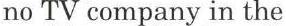
no TV company in the